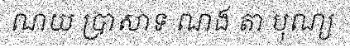
ណយ ប្រាសាទ ណង តា បុណ្យ